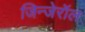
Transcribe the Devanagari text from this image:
जिन्जेरॉल